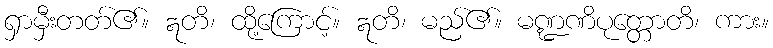
ရှာမှီးတတ်၏။ ဣတိ၊ ထို့ကြောင့်။ ဣတိ၊ မည်၏။ မဏ္ဍဏိပုတ္တောတိ၊ ကား။